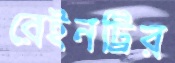
রেইনট্রির